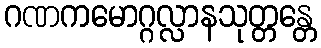
ဂဏကမောဂ္ဂလ္လာနသုတ္တန္တေ